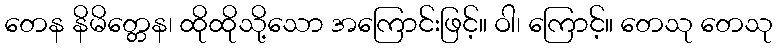
တေန နိမိတ္တေန၊ ထိုထိုသို့သော အကြောင်းဖြင့်။ ဝါ၊ ကြောင့်။ တေသု တေသု